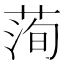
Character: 𦴥